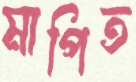
মাপিত